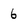
Character: 6